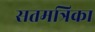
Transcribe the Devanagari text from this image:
सतमत्रिका